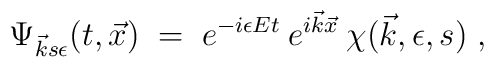
\Psi_{\vec{k} s \epsilon}(t, \vec{x}) \;=\; e^{-i \epsilon Et}\:e^{i \vec{k} \vec{x}}    \: \chi(\vec{k}, \epsilon, s) \;,